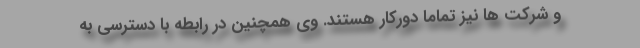
و شرکت ها نیز تماما دورکار هستند. وی همچنین در رابطه با دسترسی به